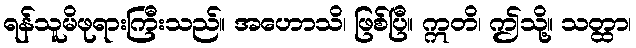
ရန်သူမိဖုရားကြီးသည်။ အဟောသိ၊ ဖြစ်ပြီ။ ဣတိ၊ ဤသို့။ သတ္ထာ၊